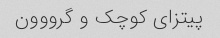
پیتزای کوچک و گرووون